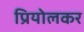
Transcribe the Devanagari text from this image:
प्रियोलकर